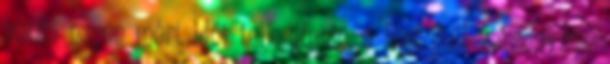
hétfői napon mért időt teljesítenie, a Red Bull versenyzője